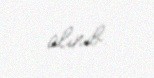
alınıb.